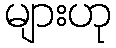
များဟု